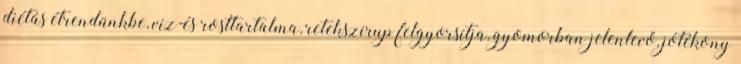
diétás étrendünkbe, víz-és rosttartalma, retekszirup felgyorsítja, gyomorban jelenlevő, jótékony